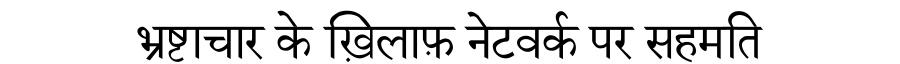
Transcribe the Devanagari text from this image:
भ्रष्टाचार के ख़िलाफ़ नेटवर्क पर सहमति